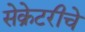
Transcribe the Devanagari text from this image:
सेक्रेटरीचे